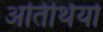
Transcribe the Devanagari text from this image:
अतिथियो